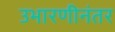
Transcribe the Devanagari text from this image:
उभारणीनंतर